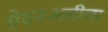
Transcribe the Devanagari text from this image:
हेदरअलीला